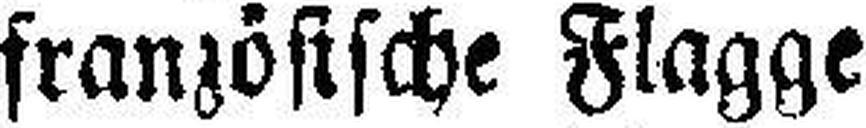
französische Flagge